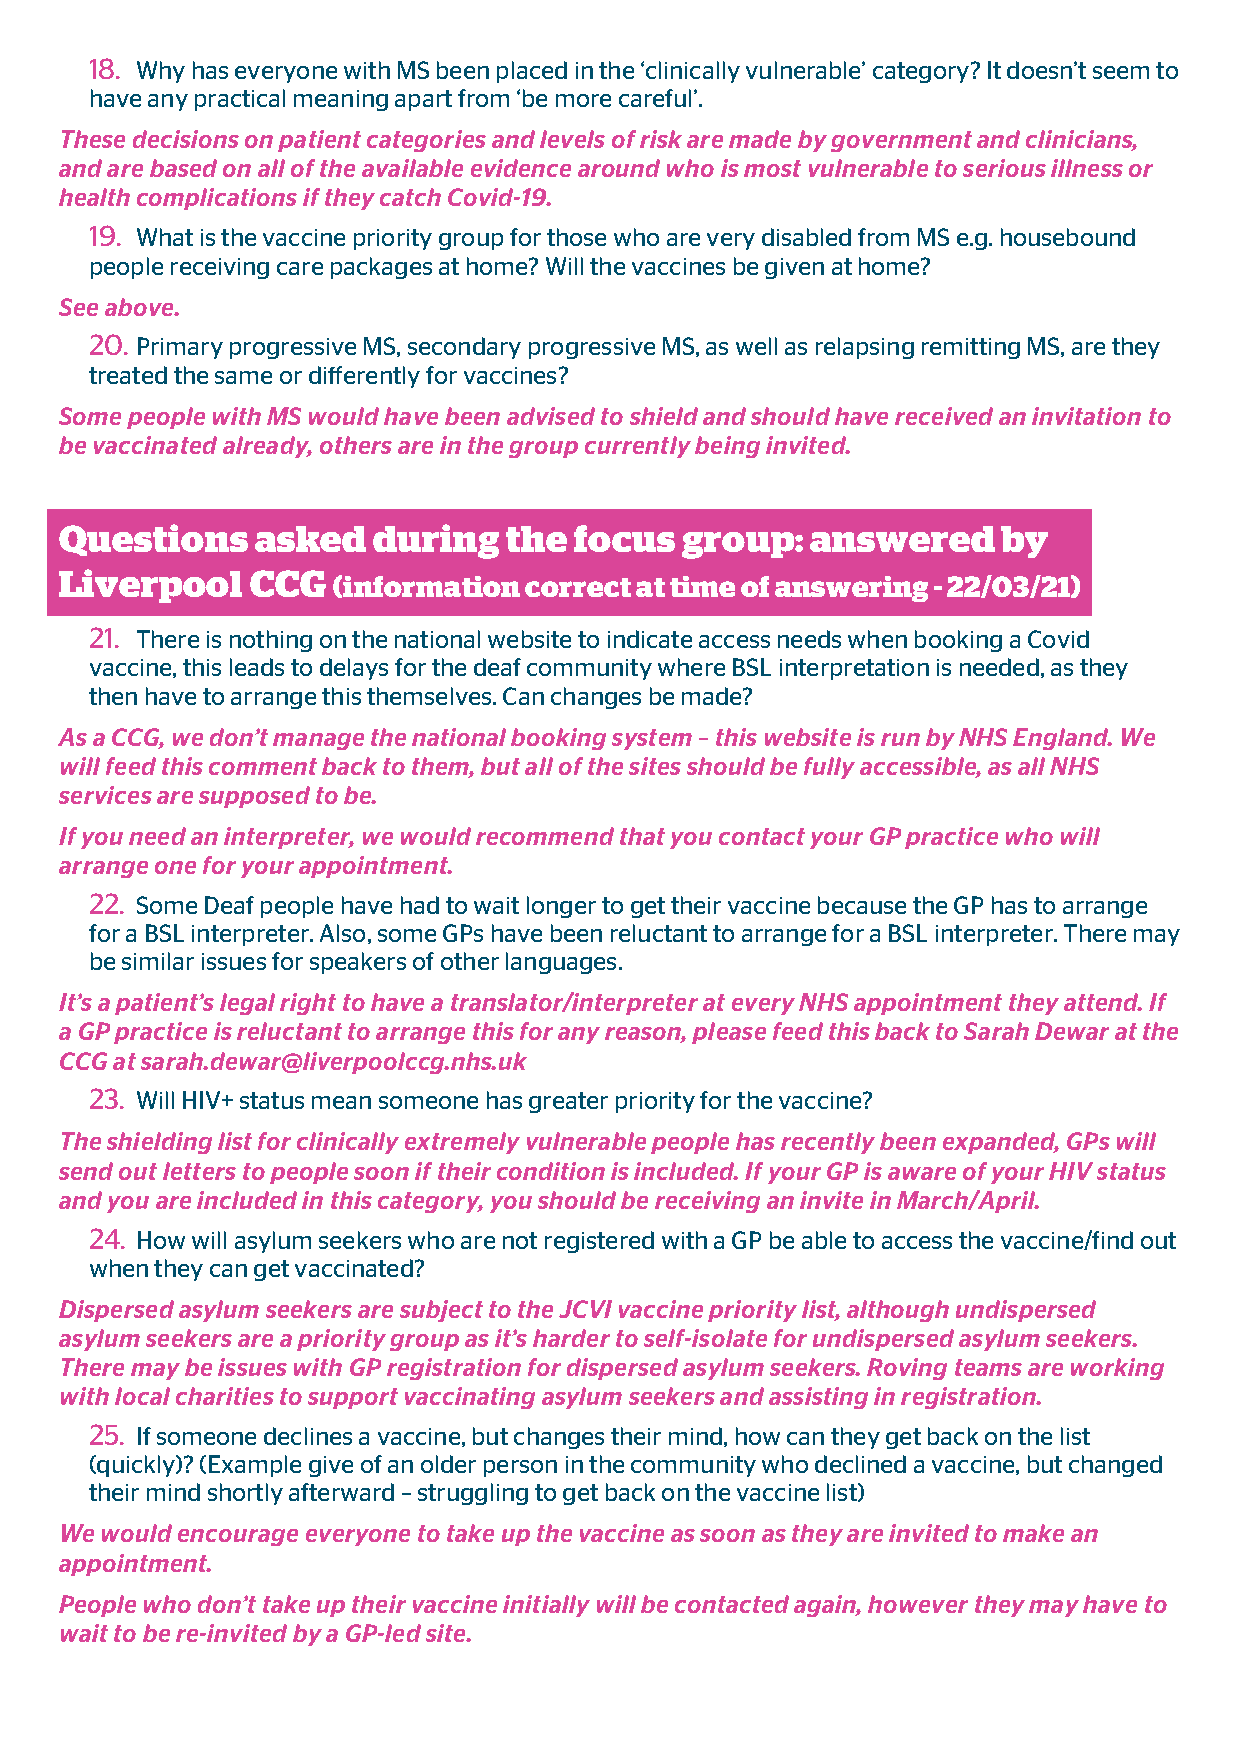
18. Why has everyone with MS been placed in the ‘clinically vulnerable’ category? It doesn’t seem to
 have any practical meaning apart from ‘be more careful’.
 These decisions on patient categories and levels of risk are made by government and clinicians,
 and are based on all of the available evidence around who is most vulnerable to serious illness or
 health complications if they catch Covid-19.
 19. What is the vaccine priority group for those who are very disabled from MS e.g. housebound
 people receiving care packages at home? Will the vaccines be given at home?
 See above.
 20. Primary progressive MS, secondary progressive MS, as well as relapsing remitting MS, are they
 treated the same or differently for vaccines?
 Some people with MS would have been advised to shield and should have received an invitation to
 be vaccinated already, others are in the group currently being invited.
 Questions    asked   during   the focus  group:   answered    by
 Liverpool    CCG
 (information correct at time of answering - 22/03/21)
 21. There is nothing on the national website to indicate access needs when booking a Covid
 vaccine, this leads to delays for the deaf community where BSL interpretation is needed, as they
 then have to arrange this themselves. Can changes be made?
 As a CCG, we don’t manage the national booking system – this website is run by NHS England. We
 will feed this comment back to them, but all of the sites should be fully accessible, as all NHS
 services are supposed to be.
 If you need an interpreter, we would recommend that you contact your GP practice who will
 arrange one for your appointment.
 22. Some Deaf people have had to wait longer to get their vaccine because the GP has to arrange
 for a BSL interpreter. Also, some GPs have been reluctant to arrange for a BSL interpreter. There may
 be similar issues for speakers of other languages.
 It’s a patient’s legal right to have a translator/interpreter at every NHS appointment they attend. If
 a GP practice is reluctant to arrange this for any reason, please feed this back to Sarah Dewar at the
 CCG at sarah.dewar@liverpoolccg.nhs.uk
 23. Will HIV+ status mean someone has greater priority for the vaccine?
 The shielding list for clinically extremely vulnerable people has recently been expanded, GPs will
 send out letters to people soon if their condition is included. If your GP is aware of your HIV status
 and you are included in this category, you should be receiving an invite in March/April.
 24. How will asylum seekers who are not registered with a GP be able to access the vaccine/find out
 when they can get vaccinated?
 Dispersed asylum seekers are subject to the JCVI vaccine priority list, although undispersed
 asylum seekers are a priority group as it’s harder to self-isolate for undispersed asylum seekers.
 There may be issues with GP registration for dispersed asylum seekers. Roving teams are working
 with local charities to support vaccinating asylum seekers and assisting in registration.
 25. If someone declines a vaccine, but changes their mind, how can they get back on the list
 (quickly)? (Example give of an older person in the community who declined a vaccine, but changed
 their mind shortly afterward – struggling to get back on the vaccine list)
 We would encourage everyone to take up the vaccine as soon as they are invited to make an
 appointment.
 People who don’t take up their vaccine initially will be contacted again, however they may have to
 wait to be re-invited by a GP-led site.